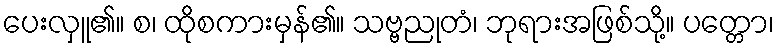
ပေးလှူ၏။ စ၊ ထိုစကားမှန်၏။ သဗ္ဗညုတံ၊ ဘုရားအဖြစ်သို့။ ပတ္တော၊